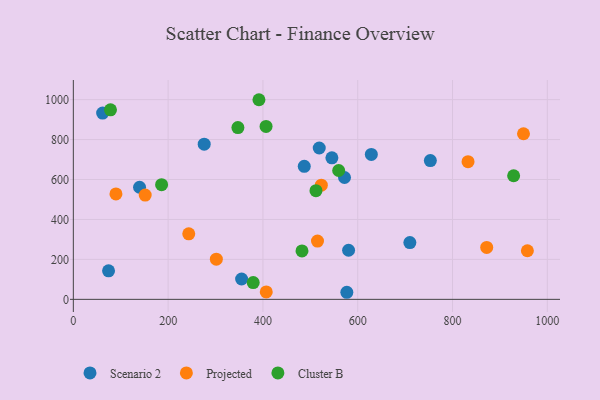
{"axis": {"x": "Price", "y": "Yield"}, "legend": ["Cluster B", "Projected", "Scenario 2"], "data": [{"x": "276.1", "y": 776.7, "type": "Scenario 2"}, {"x": "577.0", "y": 35.4, "type": "Scenario 2"}, {"x": "572.1", "y": 610.1, "type": "Scenario 2"}, {"x": "518.8", "y": 757.8, "type": "Scenario 2"}, {"x": "74.3", "y": 142.9, "type": "Scenario 2"}, {"x": "61.8", "y": 932.5, "type": "Scenario 2"}, {"x": "139.7", "y": 561.2, "type": "Scenario 2"}, {"x": "545.5", "y": 708.6, "type": "Scenario 2"}, {"x": "355.0", "y": 101.9, "type": "Scenario 2"}, {"x": "710.0", "y": 284.2, "type": "Scenario 2"}, {"x": "580.7", "y": 245.9, "type": "Scenario 2"}, {"x": "628.7", "y": 725.5, "type": "Scenario 2"}, {"x": "487.2", "y": 666.1, "type": "Scenario 2"}, {"x": "753.2", "y": 694.9, "type": "Scenario 2"}, {"x": "957.9", "y": 243.2, "type": "Projected"}, {"x": "832.7", "y": 689.4, "type": "Projected"}, {"x": "407.0", "y": 37.0, "type": "Projected"}, {"x": "151.6", "y": 522.3, "type": "Projected"}, {"x": "872.1", "y": 260.1, "type": "Projected"}, {"x": "243.5", "y": 328.3, "type": "Projected"}, {"x": "949.7", "y": 829.2, "type": "Projected"}, {"x": "301.7", "y": 201.2, "type": "Projected"}, {"x": "523.2", "y": 571.6, "type": "Projected"}, {"x": "515.1", "y": 292.0, "type": "Projected"}, {"x": "89.9", "y": 527.8, "type": "Projected"}, {"x": "347.2", "y": 860.0, "type": "Cluster B"}, {"x": "391.6", "y": 999.5, "type": "Cluster B"}, {"x": "186.2", "y": 574.4, "type": "Cluster B"}, {"x": "482.4", "y": 242.3, "type": "Cluster B"}, {"x": "379.5", "y": 83.9, "type": "Cluster B"}, {"x": "406.6", "y": 865.7, "type": "Cluster B"}, {"x": "559.8", "y": 645.2, "type": "Cluster B"}, {"x": "511.9", "y": 544.1, "type": "Cluster B"}, {"x": "78.4", "y": 948.7, "type": "Cluster B"}, {"x": "928.9", "y": 618.8, "type": "Cluster B"}]}